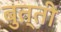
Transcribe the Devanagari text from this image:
बुत्ती